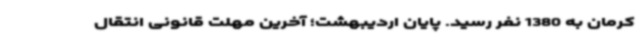
کرمان به 1380 نفر رسید. پایان اردیبهشت؛ آخرین مهلت قانونی انتقال